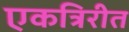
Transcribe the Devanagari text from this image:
एकत्रिरीत